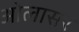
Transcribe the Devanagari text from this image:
ओलासर